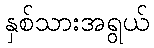
နှစ်သားအရွယ်